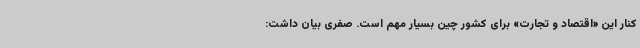
کنار این «اقتصاد و تجارت» برای کشور چین بسیار مهم است. صفری بیان داشت: